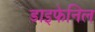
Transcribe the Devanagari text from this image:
डाइफेनिल